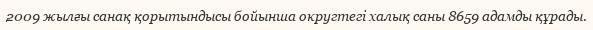
2009 жылғы санақ қорытындысы бойынша округтегі халық саны 8659 адамды құрады.